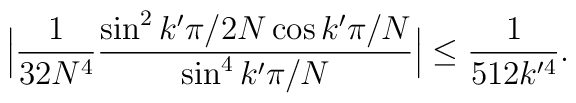
\Big|\frac{1}{32 N^4}\frac{ \sin^2 k' \pi/2N \cos k' \pi/N}{ \sin^4 k' \pi/N}\Big|\leq \frac{1}{512 k'^4}.